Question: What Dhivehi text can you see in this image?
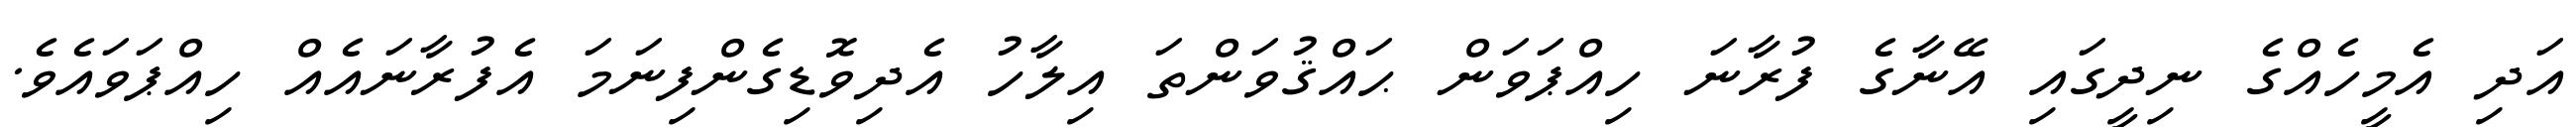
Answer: އަދި އެމީހެއްގެ ނިދީގައި އޭނާގެ ފުރާނަ ހިއްޕަވަން ޙައްޤުވަންތަ އިލާހު އެދިވޮޑިގެންފިނަމަ އެފުރާނައެއް ހިއްޕަވައެވެ.